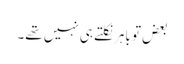
بعض تو باہر نکلتے ہی نہیں تھے۔